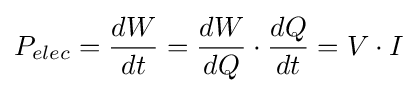
{P}_{elec}={dW \over dt}={dW \over dQ}\cdot {dQ \over dt}=V\cdot I